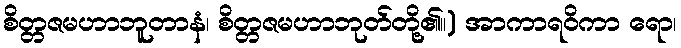
စိတ္တဇမဟာဘူတာနံ၊ စိတ္တဇမဟာဘုတ်တို့၏။) အာကာရဝိကာ ရော၊